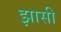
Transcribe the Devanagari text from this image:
झासी